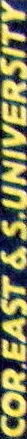
COR.EAST & S.UNIVERSITY